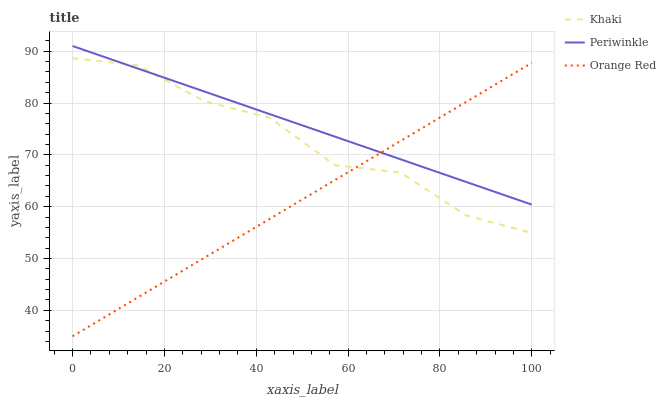
| xaxis_label | Khaki | Periwinkle | Orange Red |
 | --- | --- | --- | --- |
 | 0 | 88.6 | 91 | 35 |
 | 14.3 | 87.3 | 86.6 | 42.5 |
 | 28.6 | 80.4 | 82.3 | 50.1 |
 | 42.9 | 77.2 | 77.9 | 57.6 |
 | 57.1 | 68 | 73.5 | 65.1 |
 | 71.4 | 66.6 | 69.1 | 72.7 |
 | 85.7 | 58.3 | 64.8 | 80.2 |
 | 100 | 55 | 60.4 | 87.8 |